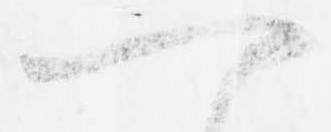
一